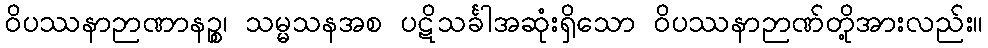
ဝိပဿနာဉာဏာနဉ္စ၊ သမ္မသနအစ ပဋိသင်္ခါအဆုံးရှိသော ဝိပဿနာဉာဏ်တို့အားလည်း။